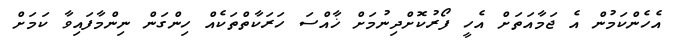
އެހެންކަމުން އެ ޖަމާއަތަށް އެހީ ފޯރުކޮށްދިނުމަށް ޚާއްސަ ހަރަކާތްތަކެއް ހިންގަން ނިންމާފައިވާ ކަމަށް